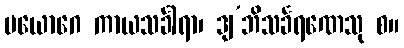
ပယောဂေ ကာယသင်္ခါရာ၊ ဒျ’ဘိသင်္ခရဏေသု စ။